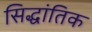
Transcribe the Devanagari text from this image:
सिद्धांतिक